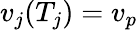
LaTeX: v_{j}(T_{j})=v_{p}